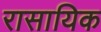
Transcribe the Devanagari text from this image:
रासायिक